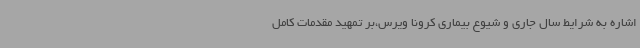
اشاره به شرایط سال جاری و شیوع بیماری کرونا ویرس،بر تمهید مقدمات کامل